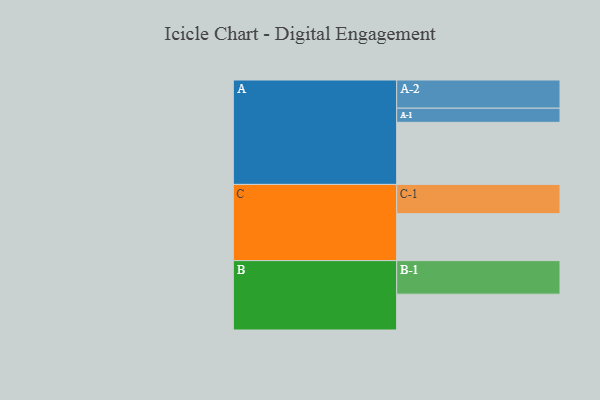
{"axis": {"x": "Segment", "y": "Value"}, "legend": ["", "A", "B", "C"], "data": [{"x": "A", "y": 535, "type": ""}, {"x": "B", "y": 309, "type": ""}, {"x": "C", "y": 405, "type": ""}, {"x": "A-1", "y": 122, "type": "A"}, {"x": "A-2", "y": 243, "type": "A"}, {"x": "B-1", "y": 289, "type": "B"}, {"x": "C-1", "y": 252, "type": "C"}]}